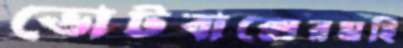
ভোটবাক্সেরমহি